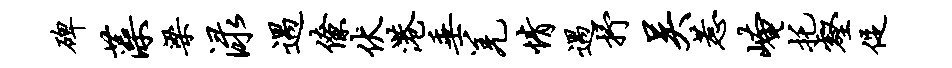
碑藻梁渌遇僚伏港垂羌情遇抒吴惹崦托壑促